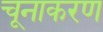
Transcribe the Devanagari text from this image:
चूनाकरण